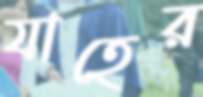
যাহের